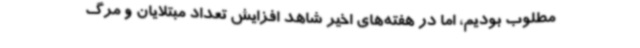
مطلوب بودیم، اما در هفته‌های اخیر شاهد افزایش تعداد مبتلایان و مرگ